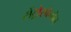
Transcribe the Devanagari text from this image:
सेंट्रोसोनोम